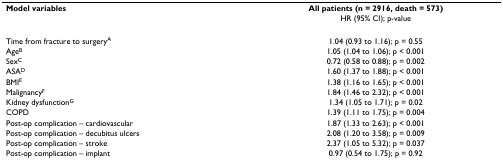
<table><thead><tr><td><b>Model variables</b></td><td><b>All patients (n = 2916, death = 573)</b></td></tr><tr><td></td><td><b>HR (95% CI); p-value</b></td></tr></thead><tbody><tr><td>Time from fracture to surgery<sup>A</sup></td><td>1.04 (0.93 to 1.16); p = 0.55</td></tr><tr><td>Age<sup>B</sup></td><td>1.05 (1.04 to 1.06); p &lt; 0.001</td></tr><tr><td>Sex<sup>C</sup></td><td>0.72 (0.58 to 0.88); p = 0.002</td></tr><tr><td>ASA<sup>D</sup></td><td>1.60 (1.37 to 1.88); p &lt; 0.001</td></tr><tr><td>BMI<sup>E</sup></td><td>1.38 (1.16 to 1.65); p &lt; 0.001</td></tr><tr><td>Malignancy<sup>F</sup></td><td>1.84 (1.46 to 2.32); p &lt; 0.001</td></tr><tr><td>Kidney dysfunction<sup>G</sup></td><td>1.34 (1.05 to 1.71); p = 0.02</td></tr><tr><td>COPD</td><td>1.39 (1.11 to 1.75); p = 0.004</td></tr><tr><td>Post-op complication – cardiovascular</td><td>1.87 (1.33 to 2.63); p &lt; 0.001</td></tr><tr><td>Post-op complication – decubitus ulcers</td><td>2.08 (1.20 to 3.58); p = 0.009</td></tr><tr><td>Post-op complication – stroke</td><td>2.37 (1.05 to 5.32); p = 0.037</td></tr><tr><td>Post-op complication – implant</td><td>0.97 (0.54 to 1.75); p = 0.92</td></tr></tbody></table>